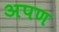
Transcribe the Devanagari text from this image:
अपण